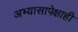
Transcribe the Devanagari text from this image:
अभ्यासापेक्षाही